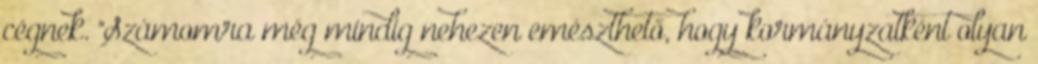
cégnek. "Számomra még mindig nehezen emészthető, hogy kormányzatként olyan